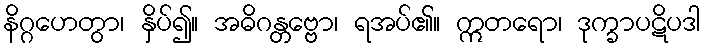
နိဂ္ဂဟေတွာ၊ နှိပ်၍။ အဓိဂန္တဗ္ဗော၊ ရအပ်၏။ ဣတရော၊ ဒုက္ခာပဋိပဒါ